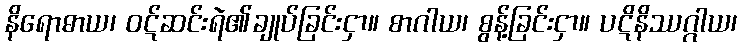
နိရောဓာယ၊ ဝဋ်ဆင်းရဲ၏ချုပ်ခြင်းငှာ။ စာဂါယ၊ စွန့်ခြင်းငှာ။ ပဋိနိဿဂ္ဂါယ၊